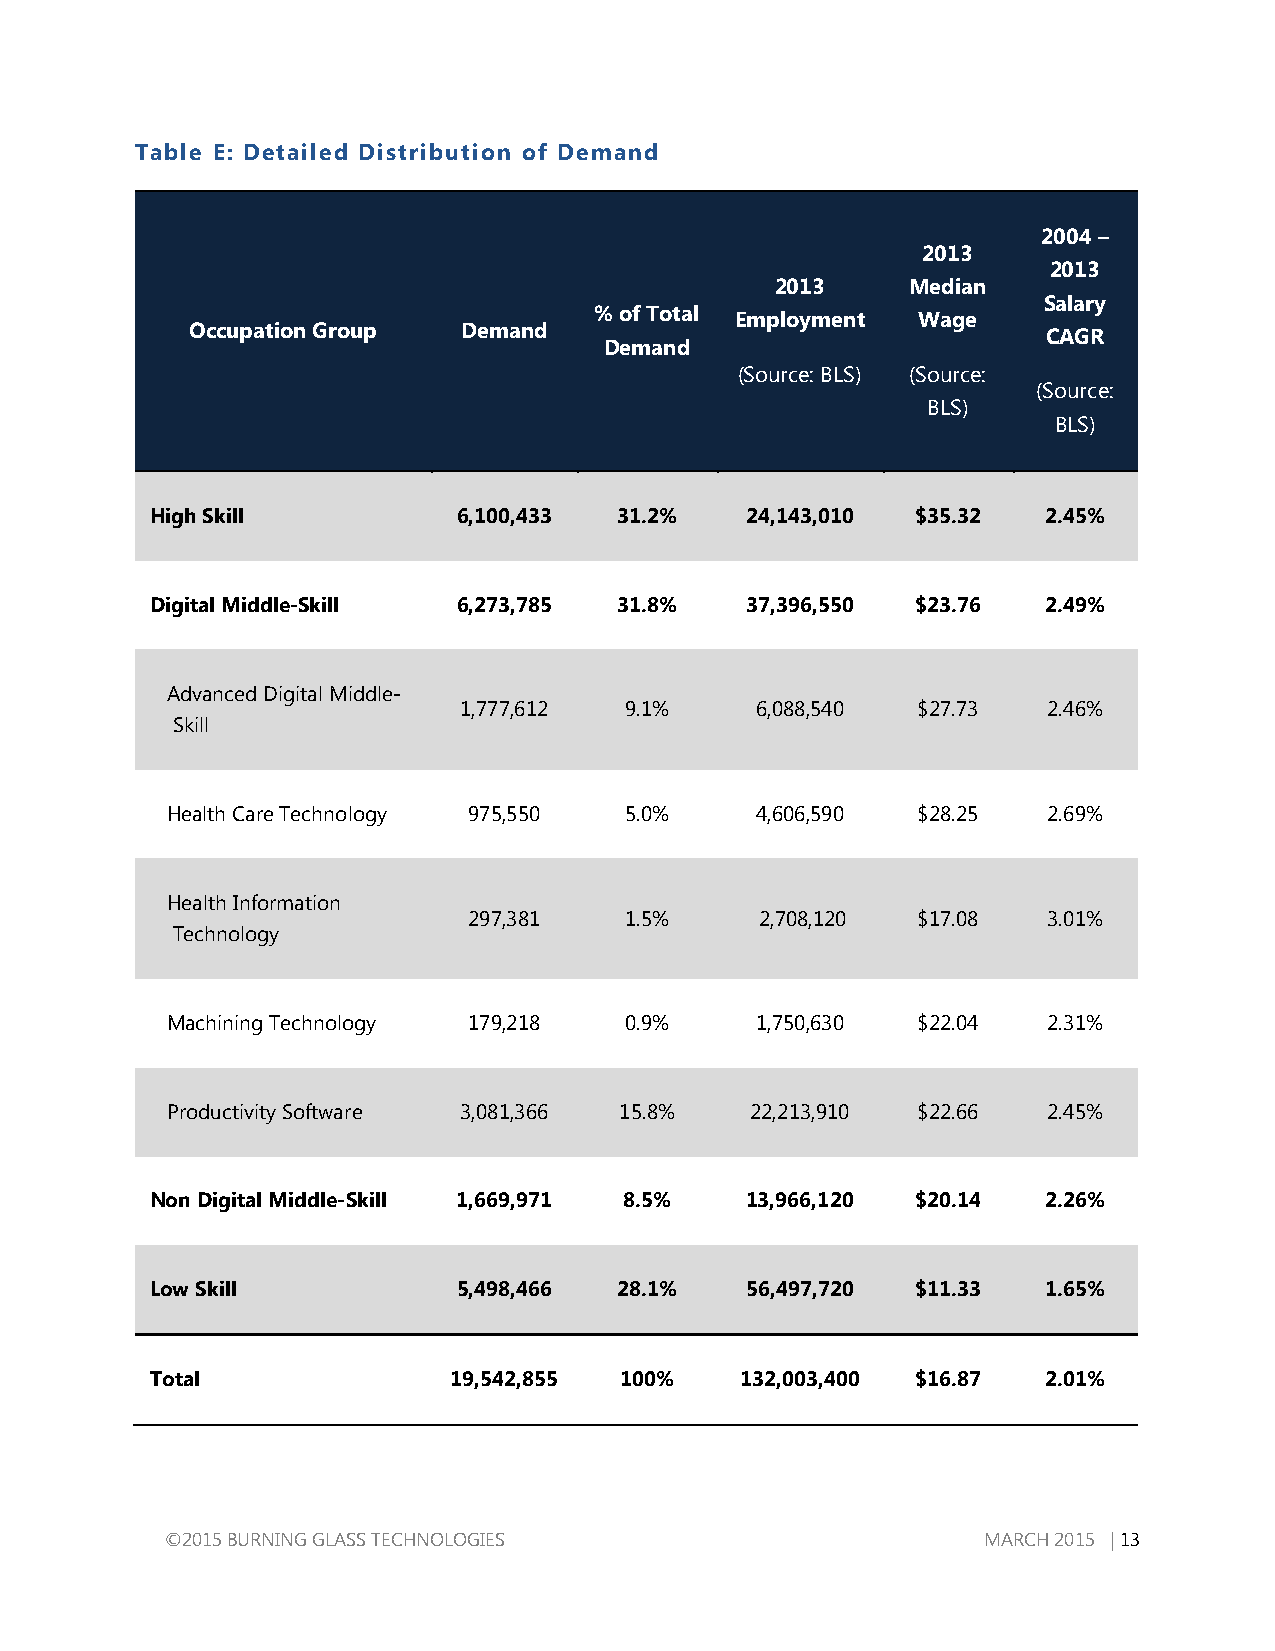
Table E: Detailed Distribution of Demand
 2004 –
 2013
 2013
 2013     Median
 Salary
 % of Total Employment Wage
 Occupation Group  Demand                                CAGR
 Demand
 (Source: BLS) (Source:
 (Source:
 BLS)
 BLS)
 High Skill          6,100,433  31.2%   24,143,010  $35.32  2.45%
 Digital Middle-Skill 6,273,785 31.8%   37,396,550  $23.76  2.49%
 Advanced Digital Middle-
 1,777,612  9.1%     6,088,540  $27.73  2.46%
 Skill
 Health Care Technology 975,550 5.0%    4,606,590  $28.25  2.69%
 Health Information
 297,381   1.5%     2,708,120  $17.08  3.01%
 Technology
 Machining Technology 179,218  0.9%     1,750,630  $22.04  2.31%
 Productivity Software 3,081,366 15.8%  22,213,910 $22.66  2.45%
 Non Digital Middle-Skill 1,669,971 8.5% 13,966,120 $20.14  2.26%
 Low Skill           5,498,466  28.1%   56,497,720  $11.33  1.65%
 Total               19,542,855 100%    132,003,400 $16.87  2.01%
 ©2015 BURNING GLASS TECHNOLOGIES                      MARCH 2015 | 13